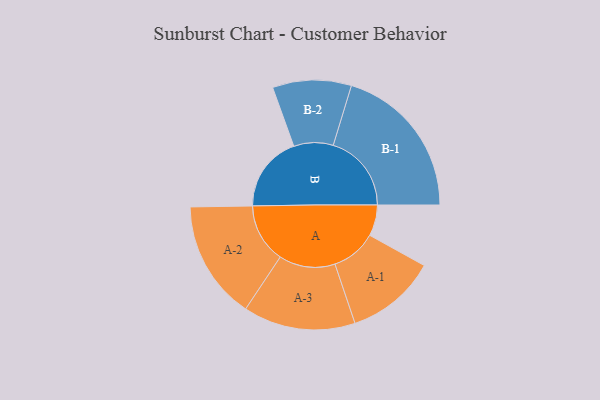
{"axis": {"x": "Segment", "y": "Value"}, "legend": ["", "A", "B"], "data": [{"x": "A", "y": 115, "type": ""}, {"x": "B", "y": 282, "type": ""}, {"x": "A-1", "y": 168, "type": "A"}, {"x": "A-2", "y": 220, "type": "A"}, {"x": "A-3", "y": 208, "type": "A"}, {"x": "B-1", "y": 290, "type": "B"}, {"x": "B-2", "y": 146, "type": "B"}]}